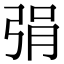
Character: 弲